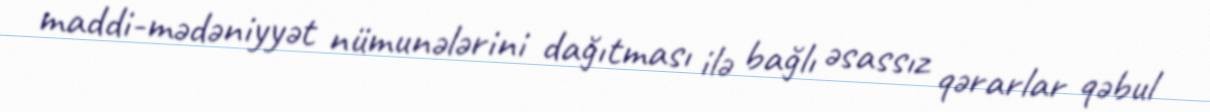
maddi-mədəniyyət nümunələrini dağıtması ilə bağlı əsassız qərarlar qəbul